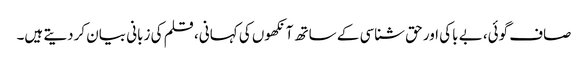
صاف گوئی، بے باکی اور حق شناسی کے ساتھ آنکھوں کی کہانی، قلم کی زبانی بیان کردیتے ہیں۔